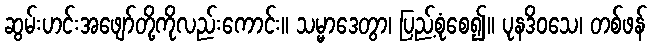
ဆွမ်းဟင်းအဖျော်တို့ကိုလည်းကောင်း။ သမ္မာဒေတွာ၊ ပြည့်စုံစေ၍။ ပုနဒိဝသေ၊ တစ်ဖန်